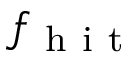
f _ { \mathrm { ~ h ~ i ~ t ~ } }